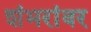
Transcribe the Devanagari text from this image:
शंभरांवर